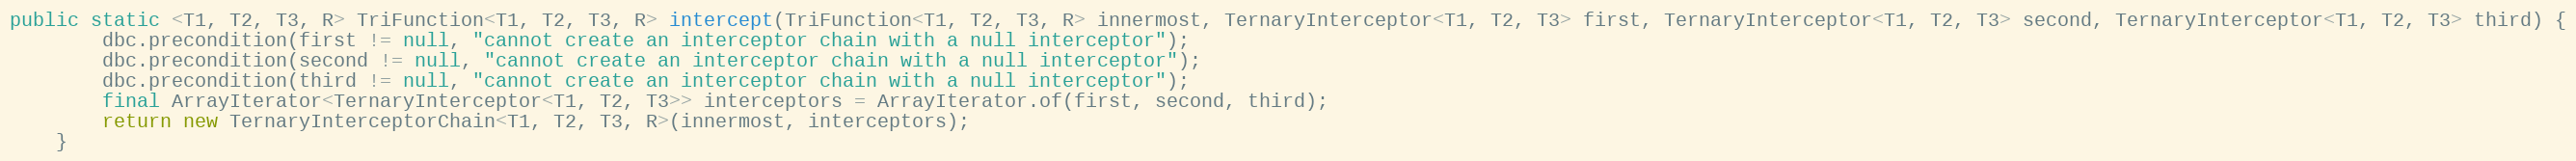
Language: Java
public static <T1, T2, T3, R> TriFunction<T1, T2, T3, R> intercept(TriFunction<T1, T2, T3, R> innermost, TernaryInterceptor<T1, T2, T3> first, TernaryInterceptor<T1, T2, T3> second, TernaryInterceptor<T1, T2, T3> third) {
        dbc.precondition(first != null, "cannot create an interceptor chain with a null interceptor");
        dbc.precondition(second != null, "cannot create an interceptor chain with a null interceptor");
        dbc.precondition(third != null, "cannot create an interceptor chain with a null interceptor");
        final ArrayIterator<TernaryInterceptor<T1, T2, T3>> interceptors = ArrayIterator.of(first, second, third);
        return new TernaryInterceptorChain<T1, T2, T3, R>(innermost, interceptors);
    }